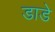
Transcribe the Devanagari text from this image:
डाडे